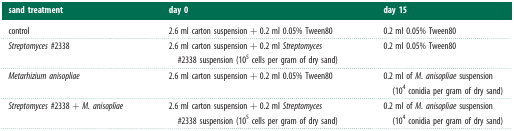
<table><thead><tr><td><b>sand treatment</b></td><td><b>day 0</b></td><td><b>day 15</b></td></tr></thead><tbody><tr><td>control</td><td>2.6 ml carton suspension + 0.2 ml 0.05% Tween80</td><td>0.2 ml 0.05% Tween80</td></tr><tr><td><i>Streptomyces</i> #2338</td><td>2.6 ml carton suspension + 0.2 ml <i>Streptomyces</i> #2338 suspension (10<sup>5</sup> cells per gram of dry sand)</td><td>0.2 ml 0.05% Tween80</td></tr><tr><td><i>Metarhizium anisopliae</i></td><td>2.6 ml carton suspension + 0.2 ml 0.05% Tween80</td><td>0.2 ml of <i>M. anisopliae</i> suspension (10<sup>4</sup> conidia per gram of dry sand)</td></tr><tr><td><i>Streptomyces</i> #2338 + <i>M. anisopliae</i></td><td>2.6 ml carton suspension + 0.2 ml <i>Streptomyces</i> #2338 suspension (10<sup>5</sup> cells per gram of dry sand)</td><td>0.2 ml of <i>M. anisopliae</i> suspension (10<sup>4</sup> conidia per gram of dry sand)</td></tr></tbody></table>